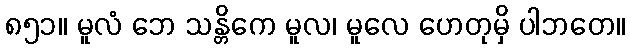
၈၅၁။ မူလံ ဘေ သန္တိကေ မူလ၊ မူလေ ဟေတုမှိ ပါဘတေ။